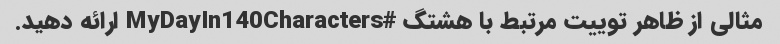
مثالی از ظاهر توییت مرتبط با هشتگ #MyDayIn140Characters ارائه دهید.